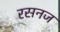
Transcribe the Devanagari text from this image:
रसनज